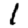
Digit: 1